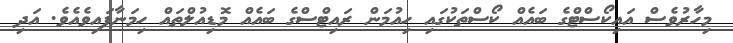
މިހާރުވެސް އައިކޯސްޓްގެ ބައެއް ކޯސްތަކުގައި ހިއުމަން ރައިޓްސްގެ ބައެއް މޮޑިއުލްތައް ހިމަނާފައިވެއެވެ. އަދި